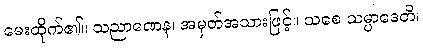
မေးထိုက်၏။ သညာဏေန၊ အမှတ်အသားဖြင့်။ သစေ သမ္ပာဒေတိ၊